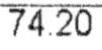
74.20